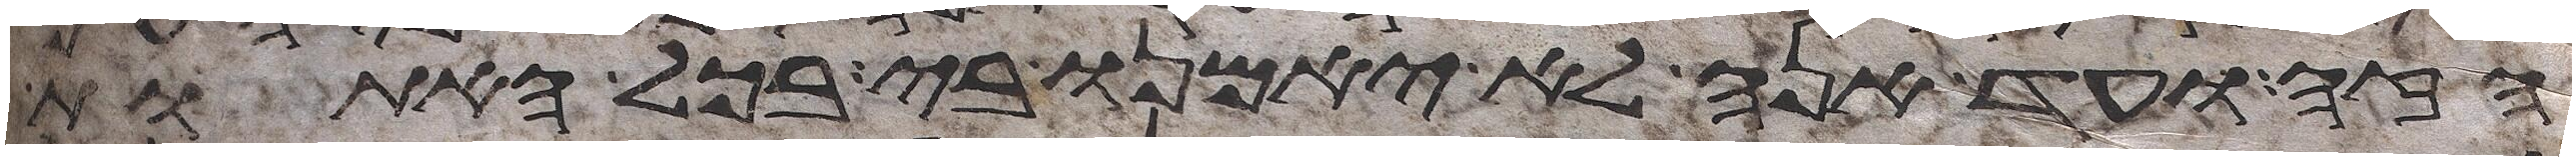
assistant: הזה ועד הנה לא יאמנו בי בכל האתות